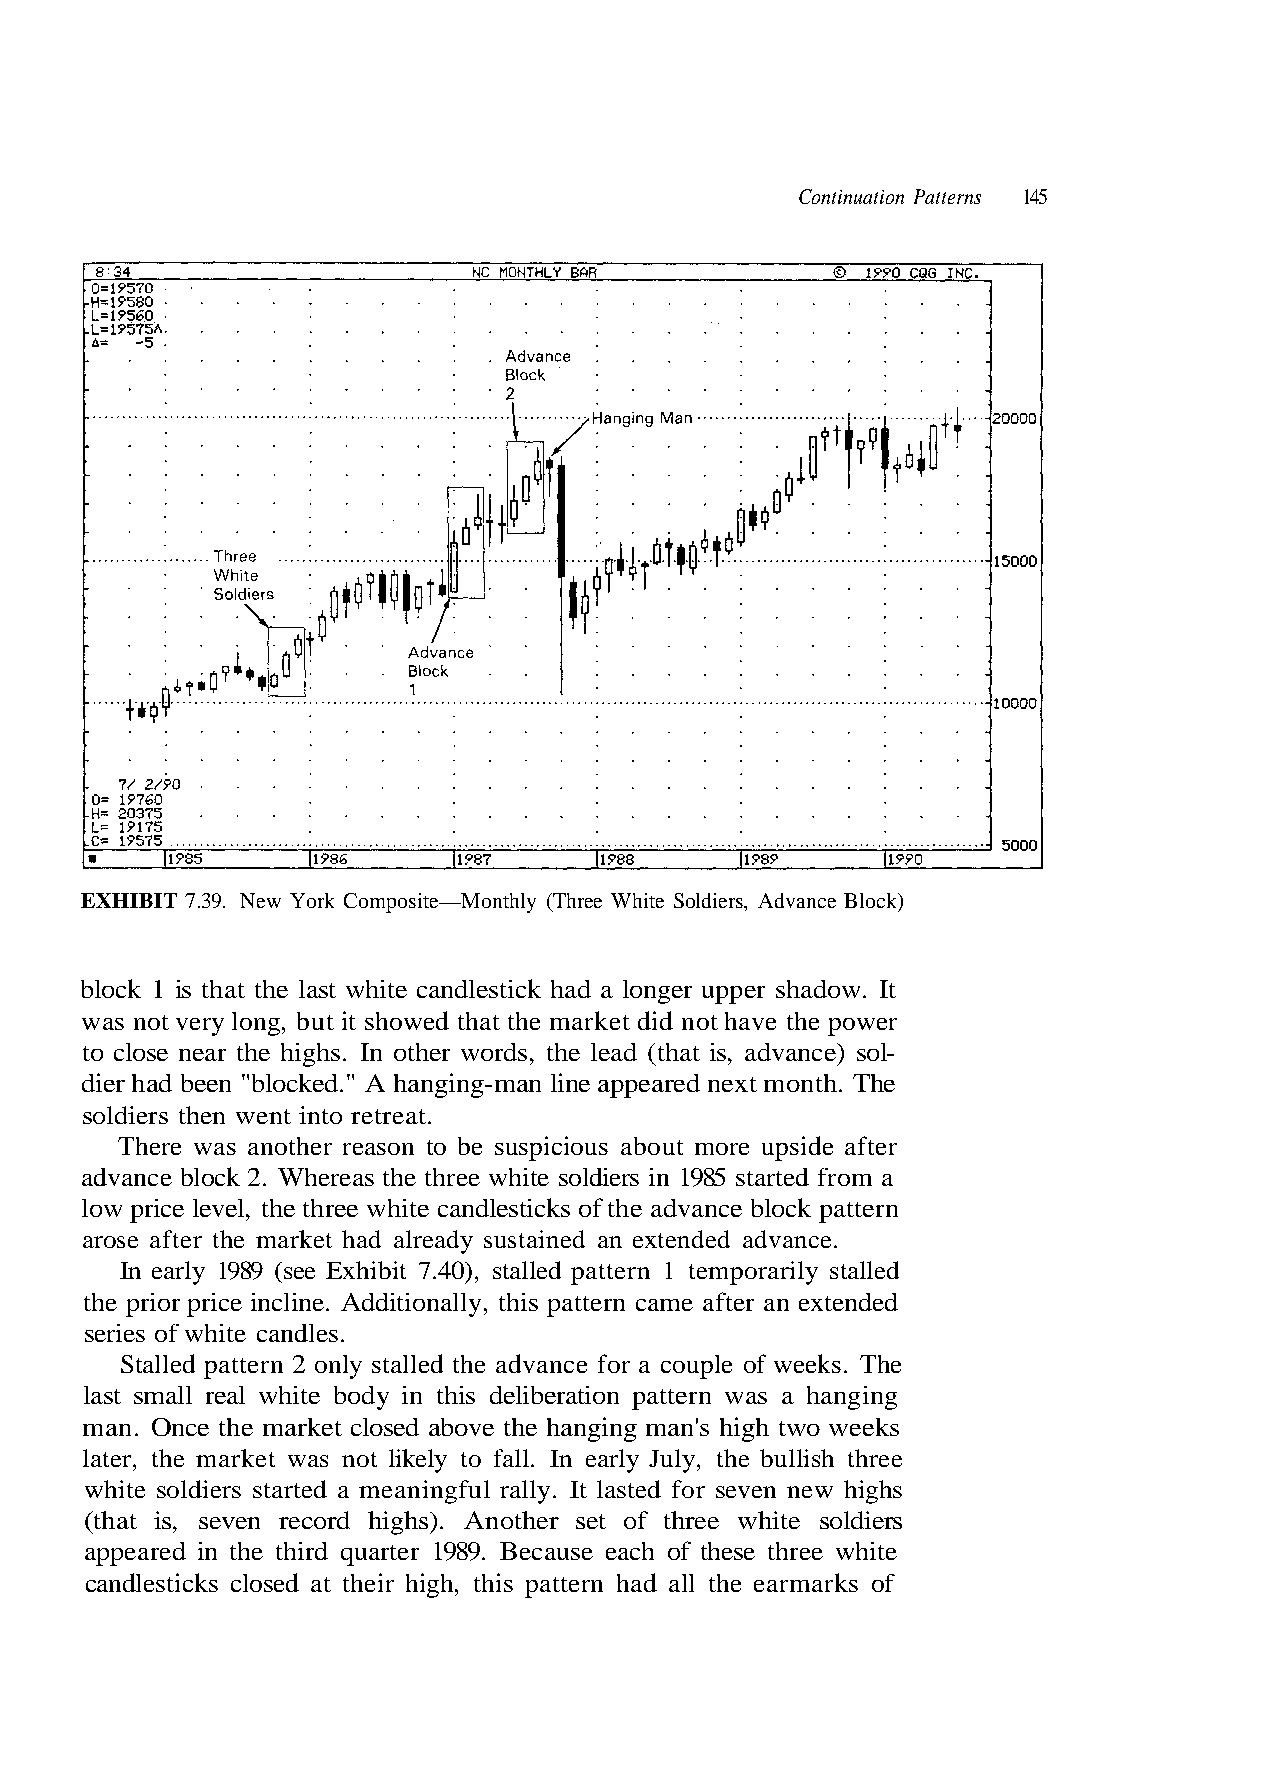
Continuation Patterns 145
 was not very long, but it showed that the market did not have the power
 to close near the highs. In other words, the lead (that is, advance) sol-
 dier had been "blocked." A hanging-man line appeared next month. The
 low price level, the three white candlesticks of the advance block pattern
 the prior price incline. Additionally, this pattern came after an extended
 series of white candles.
 Stalled pattern 2 only stalled the advance for a couple of weeks. The
 man. Once the market closed above the hanging man's high two weeks
 later, the market was not likely to fall. In early July, the bullish three
 white soldiers started a meaningful rally. It lasted for seven new highs
 (that is, seven record highs). Another set of three white soldiers
 appeared in the third quarter 1989. Because each of these three white
 a m o r f d e t r a t s 5 8 9 1 n i s r e i
 f
 d
 o
 l
 s
 o
 k
 s
 r a m
 e
 d
 r
 t
 e
 a
 hi
 all
 e
 w
 st
 e h
 y
 t
 e
 il
 l
 r
 l
 e
 a
 a
 r
 r
 o
 d
 h
 mp
 ing
 ha
 t
 g
 e
 n
 e
 t
 ha
 rn
 h
 1
 a
 e
 t
 n
 s
 tt
 s
 er
 wa
 pa
 a
 att
 rn
 s
 EXHIBIT 7.39. New York Composite—Monthly (Three White Soldiers, Advance Block)
 block 1 is that the last white candlestick had a longer upper shadow. It
 soldiers then went into retreat.
 here was another reason to be suspicious about more upside after
 advance block 2. Where
 arose after the market had already sustained an extended advance.
 n early 1989 (see Exhibit 7.40), stalled p
 last small real white body in this deliberation patte
 candlesticks closed at their high, thi
 T
 I